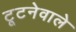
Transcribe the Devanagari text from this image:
टूटनेवाले